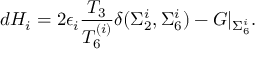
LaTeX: d H _ { i } = 2 \epsilon _ { i } { \frac { T _ { 3 } } { T _ { 6 } ^ { ( i ) } } } \delta ( \Sigma _ { 2 } ^ { i } , \Sigma _ { 6 } ^ { i } ) - G \vert _ { \Sigma _ { 6 } ^ { i } } .